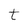
Character: t